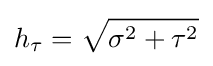
h_{\tau }={\sqrt {\sigma ^{2}+\tau ^{2}}}